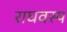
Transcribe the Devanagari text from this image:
राघवस्य